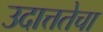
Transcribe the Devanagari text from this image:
उदात्ततेचा